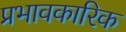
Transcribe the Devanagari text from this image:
प्रभावकारिक